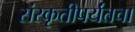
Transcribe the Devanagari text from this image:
संस्कृतीपर्यंतचा